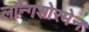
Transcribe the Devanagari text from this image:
लॉन्गशोरमेन